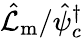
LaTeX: \hat{\mathcal{L}}_{\mathrm{m}}/\hat{\psi}_{c}^{\dagger}